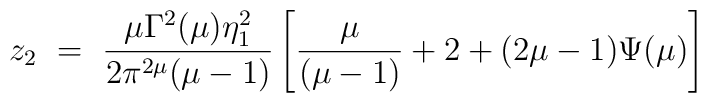
z_2 ~=~ \frac{\mu\Gamma^2(\mu)\eta^2_1}{2\pi^{2\mu}(\mu-1)} \left[\frac{\mu}{(\mu-1)} + 2 + (2\mu-1)\Psi(\mu)\right]